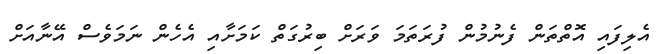
އެލިފައި އޮތްތަން ފެނުމުން ފުރަތަމަ ވަރަށް ބިރުގަތް ކަމަށާއި އެހެން ނަމަވެސް އޭނާއަށް